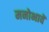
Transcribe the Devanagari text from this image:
मनोभावें